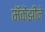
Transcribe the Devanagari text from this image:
मॅकेंझीने